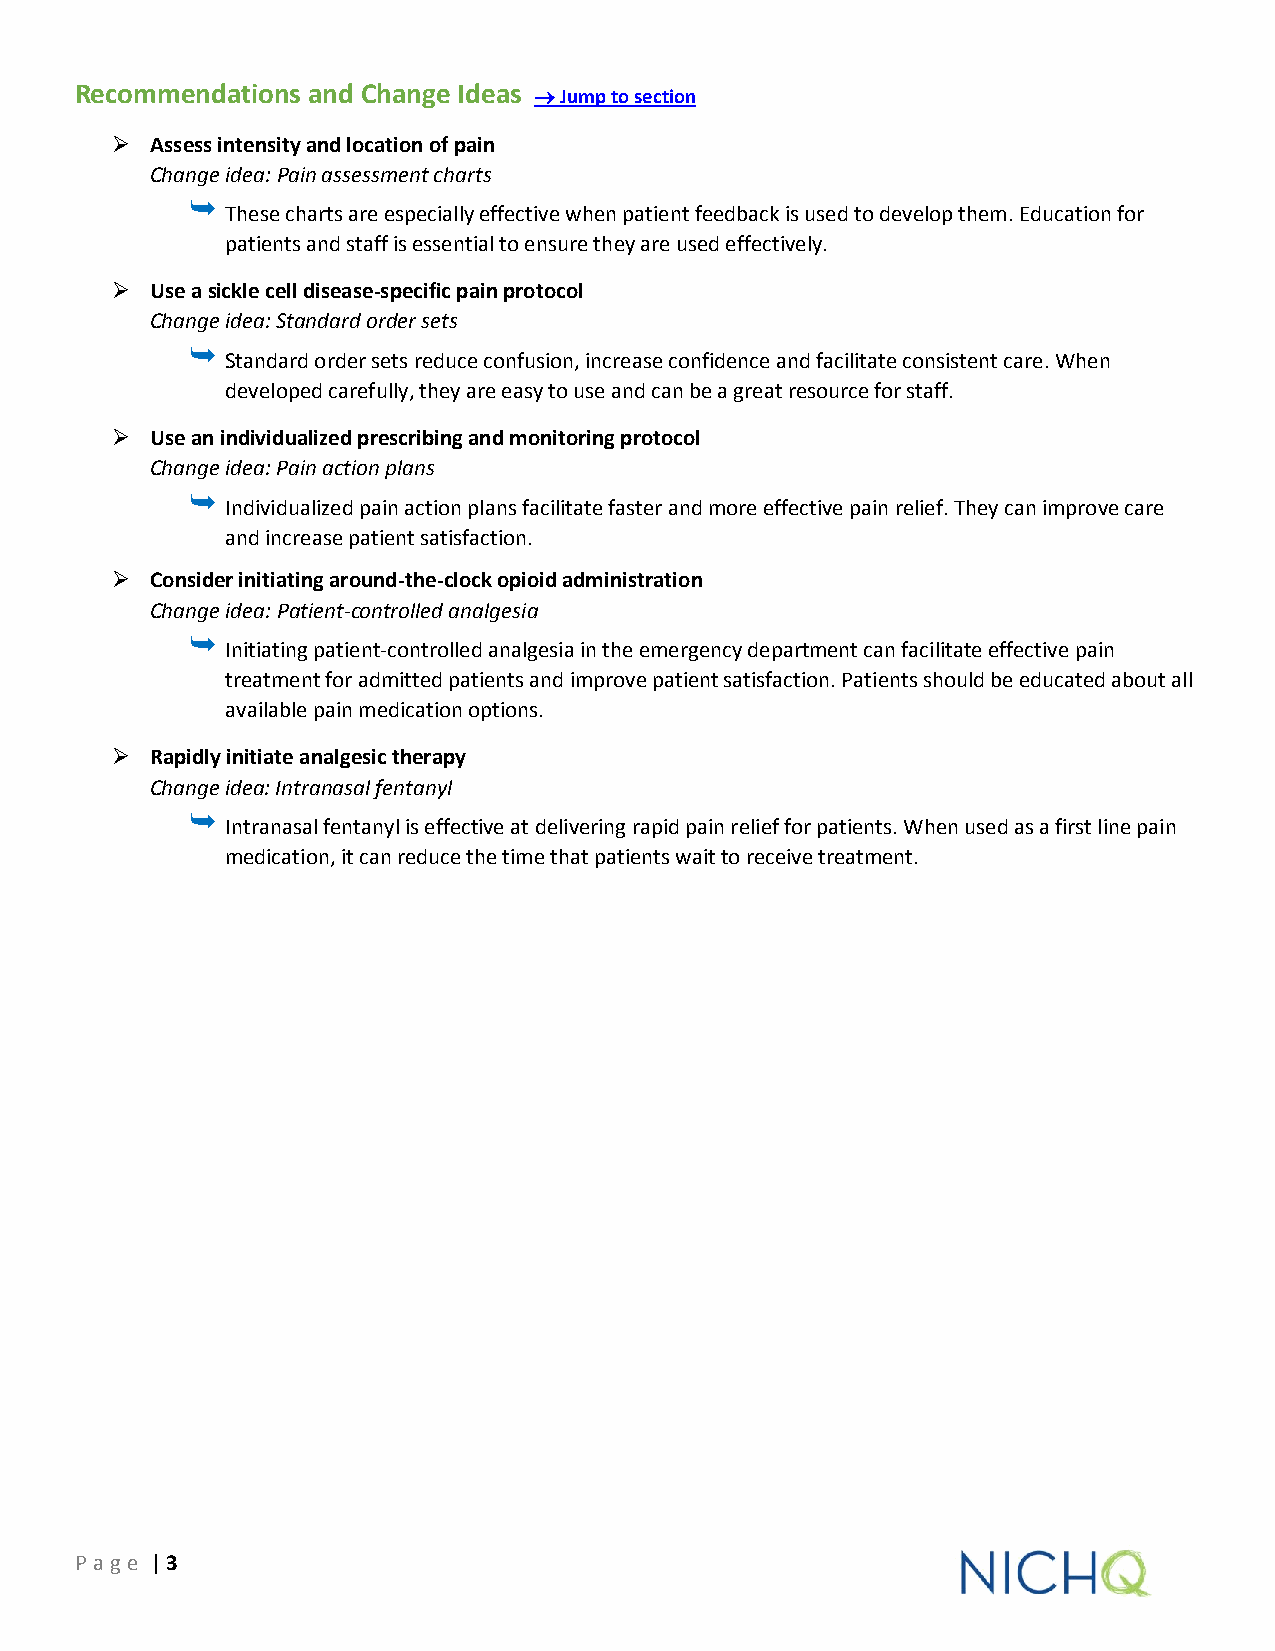
Recommendations and Change Ideas  Jump to section
   Assess intensity and location of pain
 Change idea: Pain assessment charts
 
 These charts are especially effective when patient feedback is used to develop them. Education for
 patients and staff is essential to ensure they are used effectively.
   Use a sickle cell disease-specific pain protocol
 Change idea: Standard order sets
 
 Standard order sets reduce confusion, increase confidence and facilitate consistent care. When
 developed carefully, they are easy to use and can be a great resource for staff.
   Use an individualized prescribing and monitoring protocol
 Change idea: Pain action plans
 
 Individualized pain action plans facilitate faster and more effective pain relief. They can improve care
 and increase patient satisfaction.
   Consider initiating around-the-clock opioid administration
 Change idea: Patient-controlled analgesia
 
 Initiating patient-controlled analgesia in the emergency department can facilitate effective pain
 treatment for admitted patients and improve patient satisfaction. Patients should be educated about all
 available pain medication options.
   Rapidly initiate analgesic therapy
 Change idea: Intranasal fentanyl
 
 Intranasal fentanyl is effective at delivering rapid pain relief for patients. When used as a first line pain
 medication, it can reduce the time that patients wait to receive treatment.
 P age | 3